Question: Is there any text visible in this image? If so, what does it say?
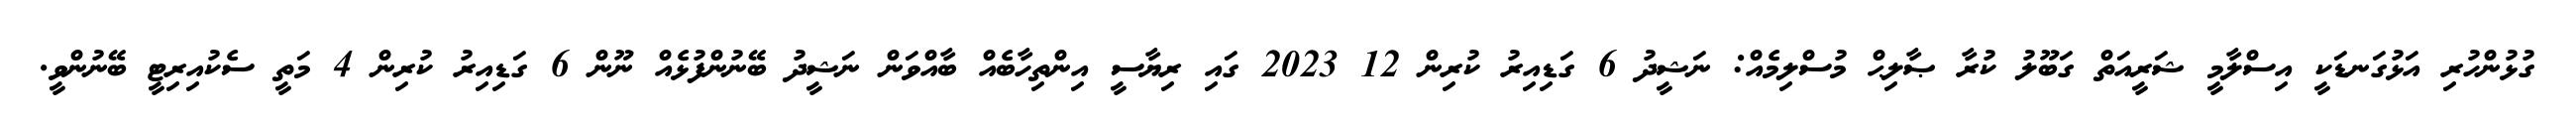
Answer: ގުޅުންހުރި އަޅުގަނޑަކީ އިސްލާމީ ޝަރީއަތް ގަބޫލު ކުރާ ޞާލިޙް މުސްލިމެއް: ނަޝީދު 6 ގަޑިއިރު ކުރިން 12 2023 ގައި ރިޔާސީ އިންތިހާބެއް ބާއްވަން ނަޝީދު ބޭނުންފުޅެއް ނޫން 6 ގަޑިއިރު ކުރިން 4 މަތީ ސެކުއިރިޓީ ބޭނުންވީ.